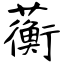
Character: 蘅